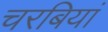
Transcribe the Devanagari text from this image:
चरबियां